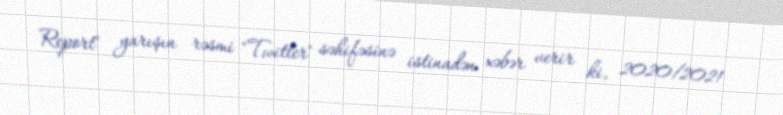
Report" yarışın rəsmi "Twitter" səhifəsinə istinadən xəbər verir ki, 2020/2021